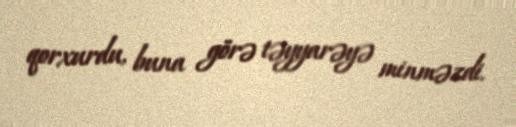
qorxurdu, buna görə təyyarəyə minməzdi.